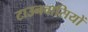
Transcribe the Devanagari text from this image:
टाउनवासियों